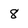
Character: 8